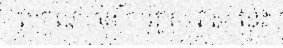
លក្ខណៈ នៃ ការគូស វាស នេះ